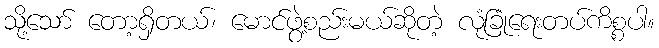
သို့သော် တော့ရှိတယ်၊ မောင်ဖွဲ့စည်းမယ်ဆိုတဲ့ လုံခြုံရေးတပ်ကိစ္စပါ။